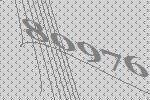
80976